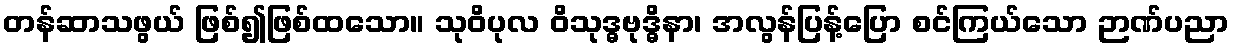
တန်ဆာသဖွယ် ဖြစ်၍ဖြစ်ထသော။ သုဝိပုလ ဝိသုဒ္ဓဗုဒ္ဓိနာ၊ အလွန်ပြန့်ပြော စင်ကြယ်သော ဉာဏ်ပညာ